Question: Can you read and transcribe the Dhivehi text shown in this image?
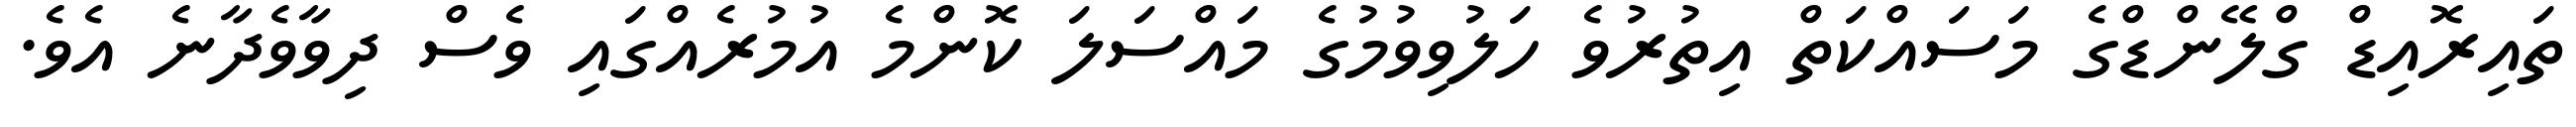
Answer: ތައިރޮއިޑް ގްލޭންޑްގެ މަސައްކަތް އިތުރުވެ ހަލުވިވުމުގެ މައްސަލަ ކޮންމެ އުމުރެއްގައި ވެސް ދިވާވެދާނެ އެވެ.